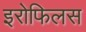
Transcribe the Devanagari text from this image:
इरोफिलस